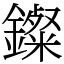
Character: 𨮏